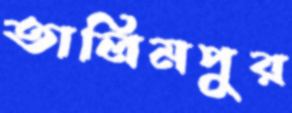
তালিমপুর